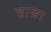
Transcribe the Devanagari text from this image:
हाङा